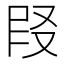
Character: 𪠪